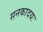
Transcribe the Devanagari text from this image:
सनकादयः